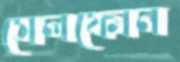
সেলফোন